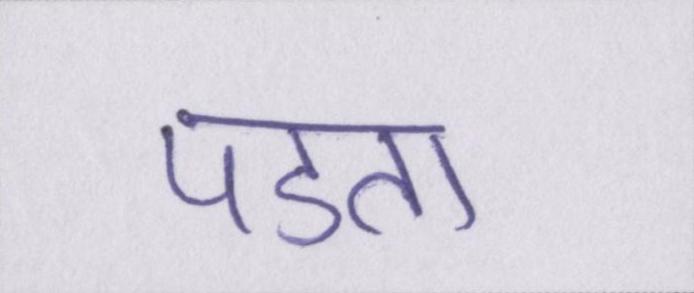
पडता